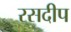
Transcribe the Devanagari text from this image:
रसदीप